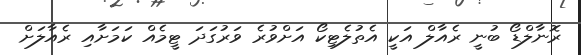
ރޮނާލްޑޯ ބުނީ ރެއާލް އަކީ އެތުލެޓިކޯ އަށްވުރެ ވަރުގަދަ ޓީމެއް ކަމަށާއި ރެއާލަށް